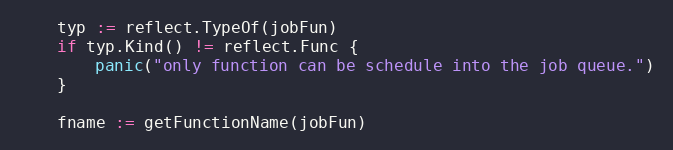
Language: Go
	typ := reflect.TypeOf(jobFun)
	if typ.Kind() != reflect.Func {
		panic("only function can be schedule into the job queue.")
	}

	fname := getFunctionName(jobFun)